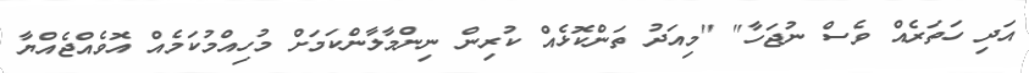
އަދި ހަތަރެއް ވެސް ނުޖަހާ" "މިއަދު ތަންކޮޅެއް ކުރިން ނިންމާލާންކަމަށް މުހިއްމުކަމެއް އޮވެއްޖެއްޔާ